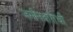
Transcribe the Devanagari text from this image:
जमीनदाराची